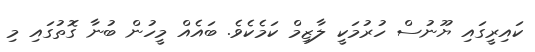
ކައިރީގައި ޔޫނުސް ހުރުމަކީ ލާޒިމް ކަމެކެވެ. ބައެއް މީހުން ބުނާ ގޮތުގައި މި